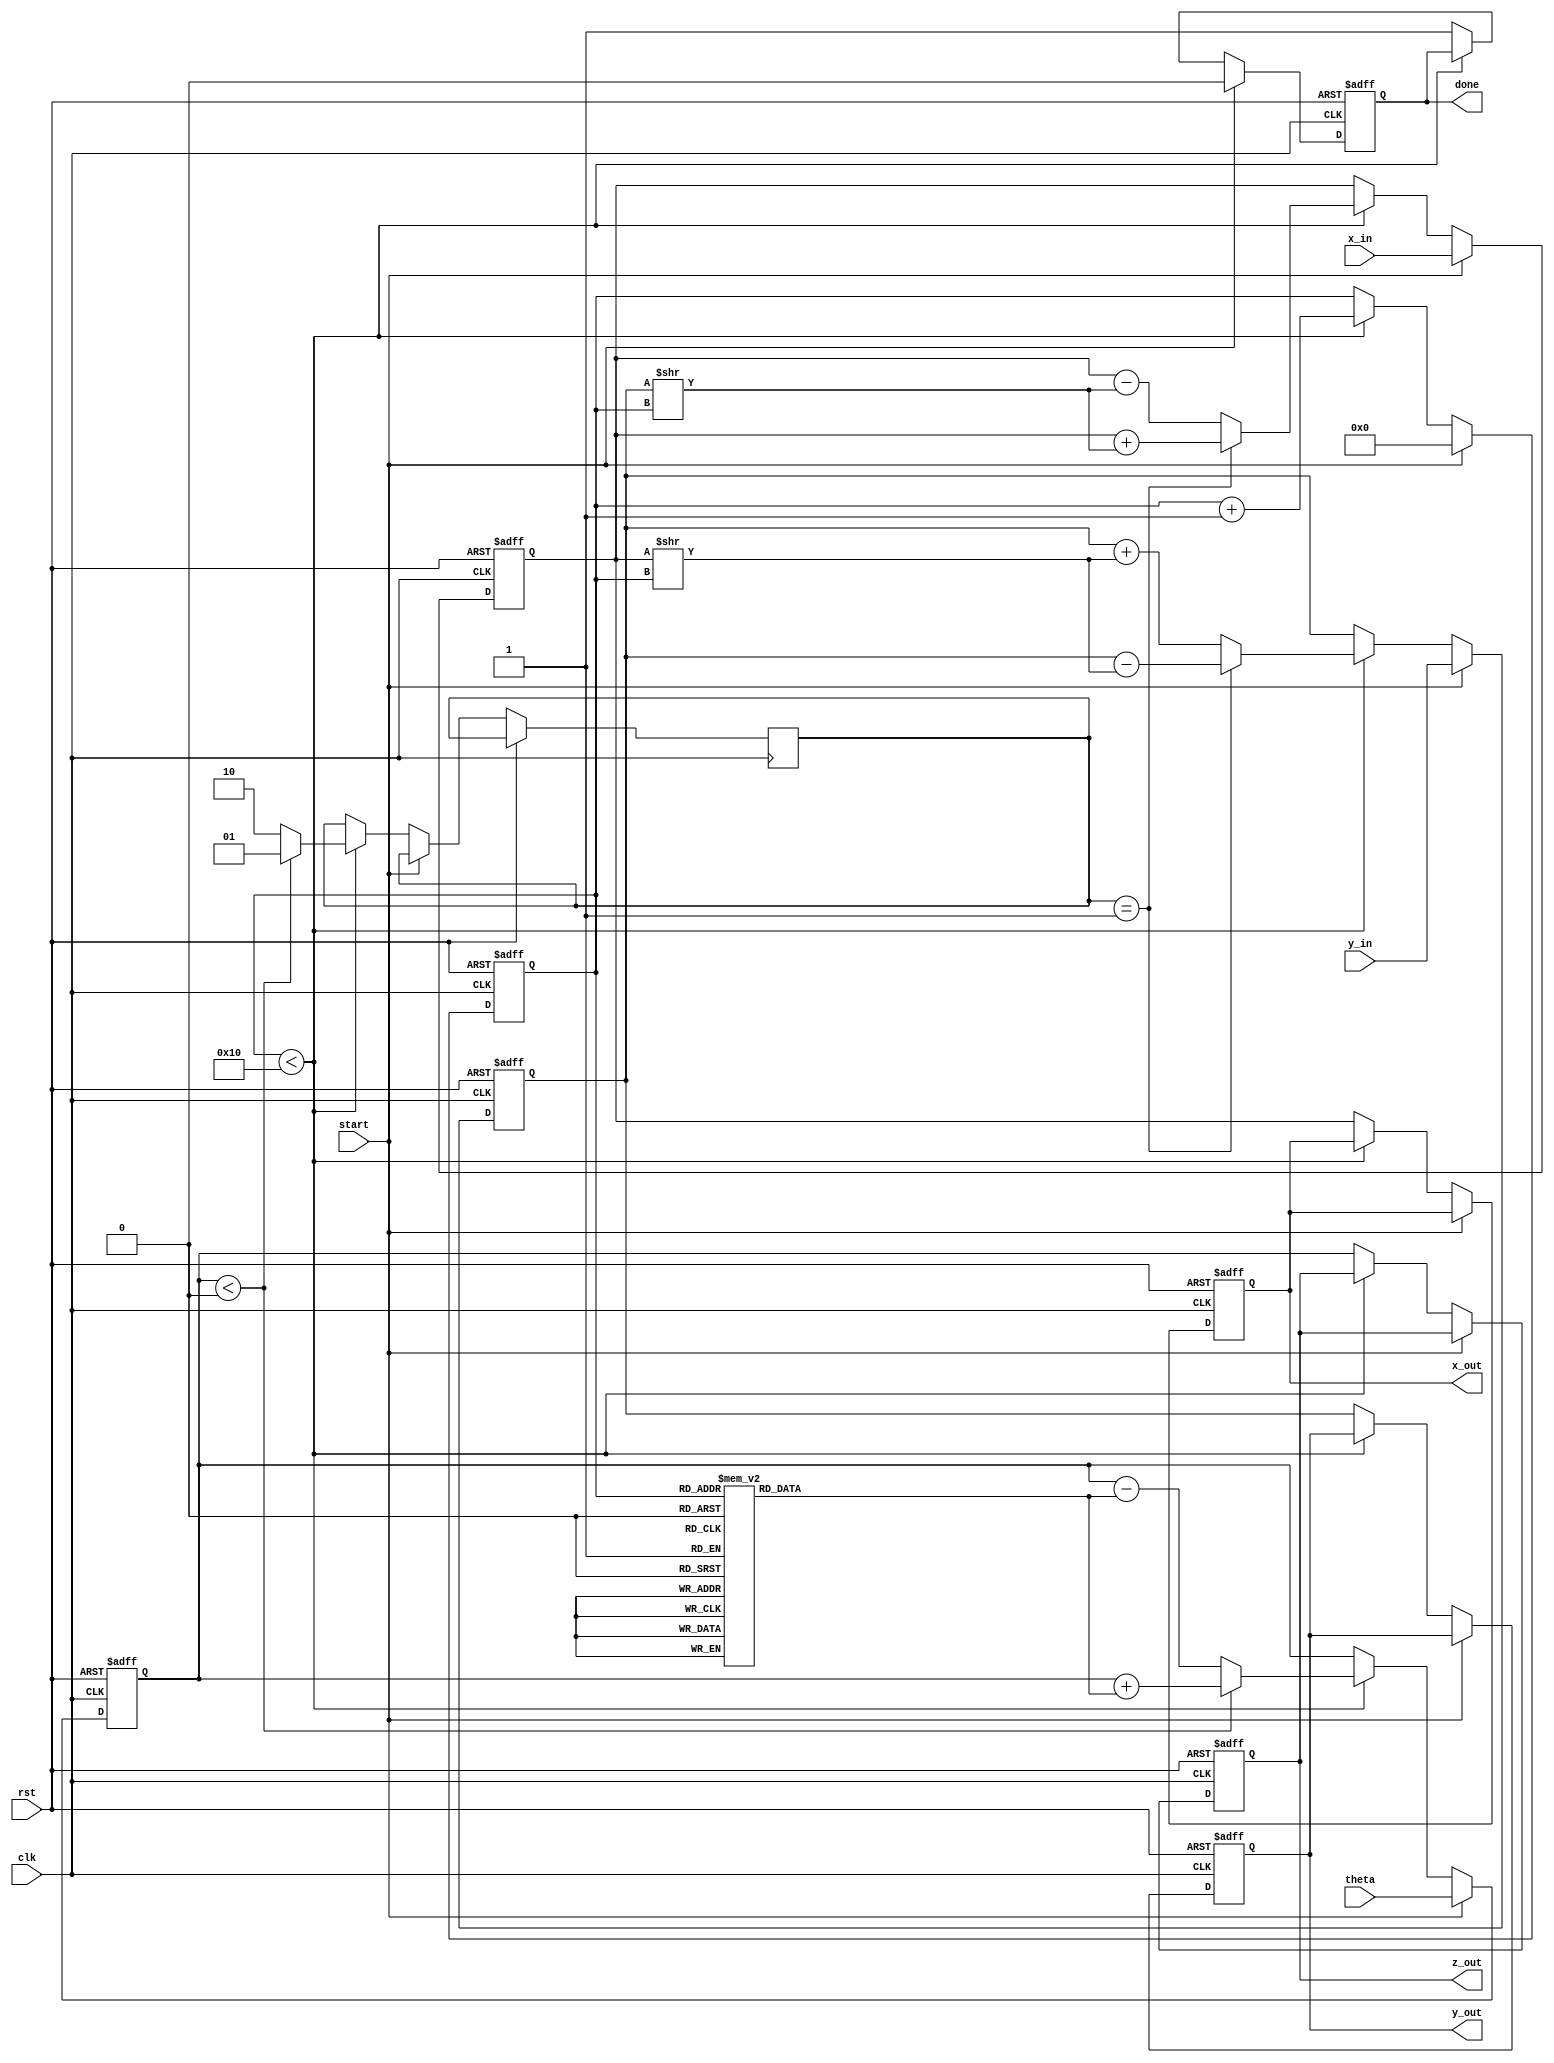
module cordic (
    input wire clk,
    input wire rst,
    input wire start,
    input wire [15:0] theta, // Input angle in fixed-point format
    input wire [15:0] x_in,   // Initial x vector
    input wire [15:0] y_in,   // Initial y vector
    output reg [15:0] x_out,  // Output x vector
    output reg [15:0] y_out,  // Output y vector
    output reg [15:0] z_out,   // Output angle
    output reg done           // Processing done signal
);

    // CORDIC parameters
    parameter NUM_ITERATIONS = 16;
    reg [15:0] atan_table [0:NUM_ITERATIONS-1]; // Precomputed atan(2^(-i))
    reg [15:0] x, y, z;
    reg [3:0] iteration;
    reg [1:0] d; // Direction: 1 for clockwise, -1 for counterclockwise

    // Initialize atan table
    initial begin
        atan_table[0] = 16'h2000; // atan(1) = pi/4 in fixed-point
        atan_table[1] = 16'h1000; // atan(1/2)
        atan_table[2] = 16'h0800; // atan(1/4)
        atan_table[3] = 16'h0400; // atan(1/8)
        // Continue filling the table...
        // atan_table[4] = ...
        // ...
    end

    // State machine for CORDIC iterations
    always @(posedge clk or posedge rst) begin
        if (rst) begin
            iteration <= 0;
            done <= 0;
            x <= 0;
            y <= 0;
            z <= 0;
            x_out <= 0;
            y_out <= 0;
            z_out <= 0;
        end else if (start) begin
            // Initialize values
            x <= x_in;
            y <= y_in;
            z <= theta;
            iteration <= 0;
            done <= 0;
        end else if (iteration < NUM_ITERATIONS) begin
            // Determine direction
            if (z < 0) begin
                d <= 2'b01; // Counterclockwise
                z <= z + atan_table[iteration];
            end else begin
                d <= 2'b10; // Clockwise
                z <= z - atan_table[iteration];
            end

            // CORDIC rotation equations
            if (d == 2'b01) begin
                x <= x + (y >> iteration);
                y <= y - (x >> iteration);
            end else begin
                x <= x - (y >> iteration);
                y <= y + (x >> iteration);
            end

            iteration <= iteration + 1;
        end else begin
            // Final output
            x_out <= x;
            y_out <= y;
            z_out <= z;
            done <= 1;
        end
    end
endmodule